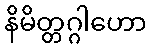
နိမိတ္တဂ္ဂါဟော